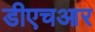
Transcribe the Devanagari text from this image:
डीएचआर